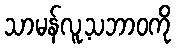
သာမန်လူ့သဘာဝကို